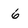
Character: 6